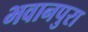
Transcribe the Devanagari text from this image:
भवानपुरा